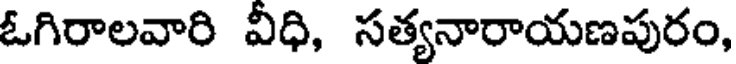
ఓగిరాలవారి వీధి, సత్యనారాయణపురం,